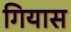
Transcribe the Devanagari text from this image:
गियास